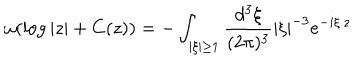
LaTeX: \omega ( \log | z | + C ( z ) ) = - \int _ { | \xi | \geq 1 } \frac { d ^ { 3 } \xi } { ( 2 \pi ) ^ { 3 } } | \xi | ^ { - 3 } e ^ { - i \xi . z }